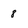
Character: 8